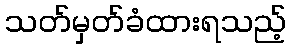
သတ်မှတ်ခံထားရသည့်